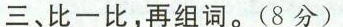
三、比一比，再组词。(8分)